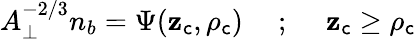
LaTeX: A_{\perp}^{-2/3}n_{b}=\Psi(\mathbf{z}_{\mathsf{c}},\rho_{\mathsf{c}})~~~~~;~~~~~\mathbf{z}_{\mathsf{c}}\geq\rho_{\mathsf{c}}